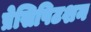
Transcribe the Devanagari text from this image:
प्रेसिपिटशन